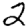
Digit: 2